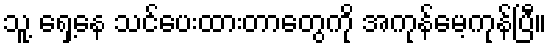
သူ့ ရှေ့နေ သင်ပေးထားတာတွေကို အကုန်မေ့ကုန်ပြီ။